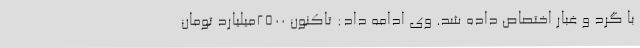
با گرد و غبار اختصاص داده شد. وی ادامه داد: تاکنون 2500میلیارد تومان